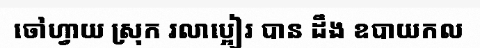
ចៅហ្វាយ ស្រុក រលាប្អៀរ បាន ដឹង ឧបាយកល